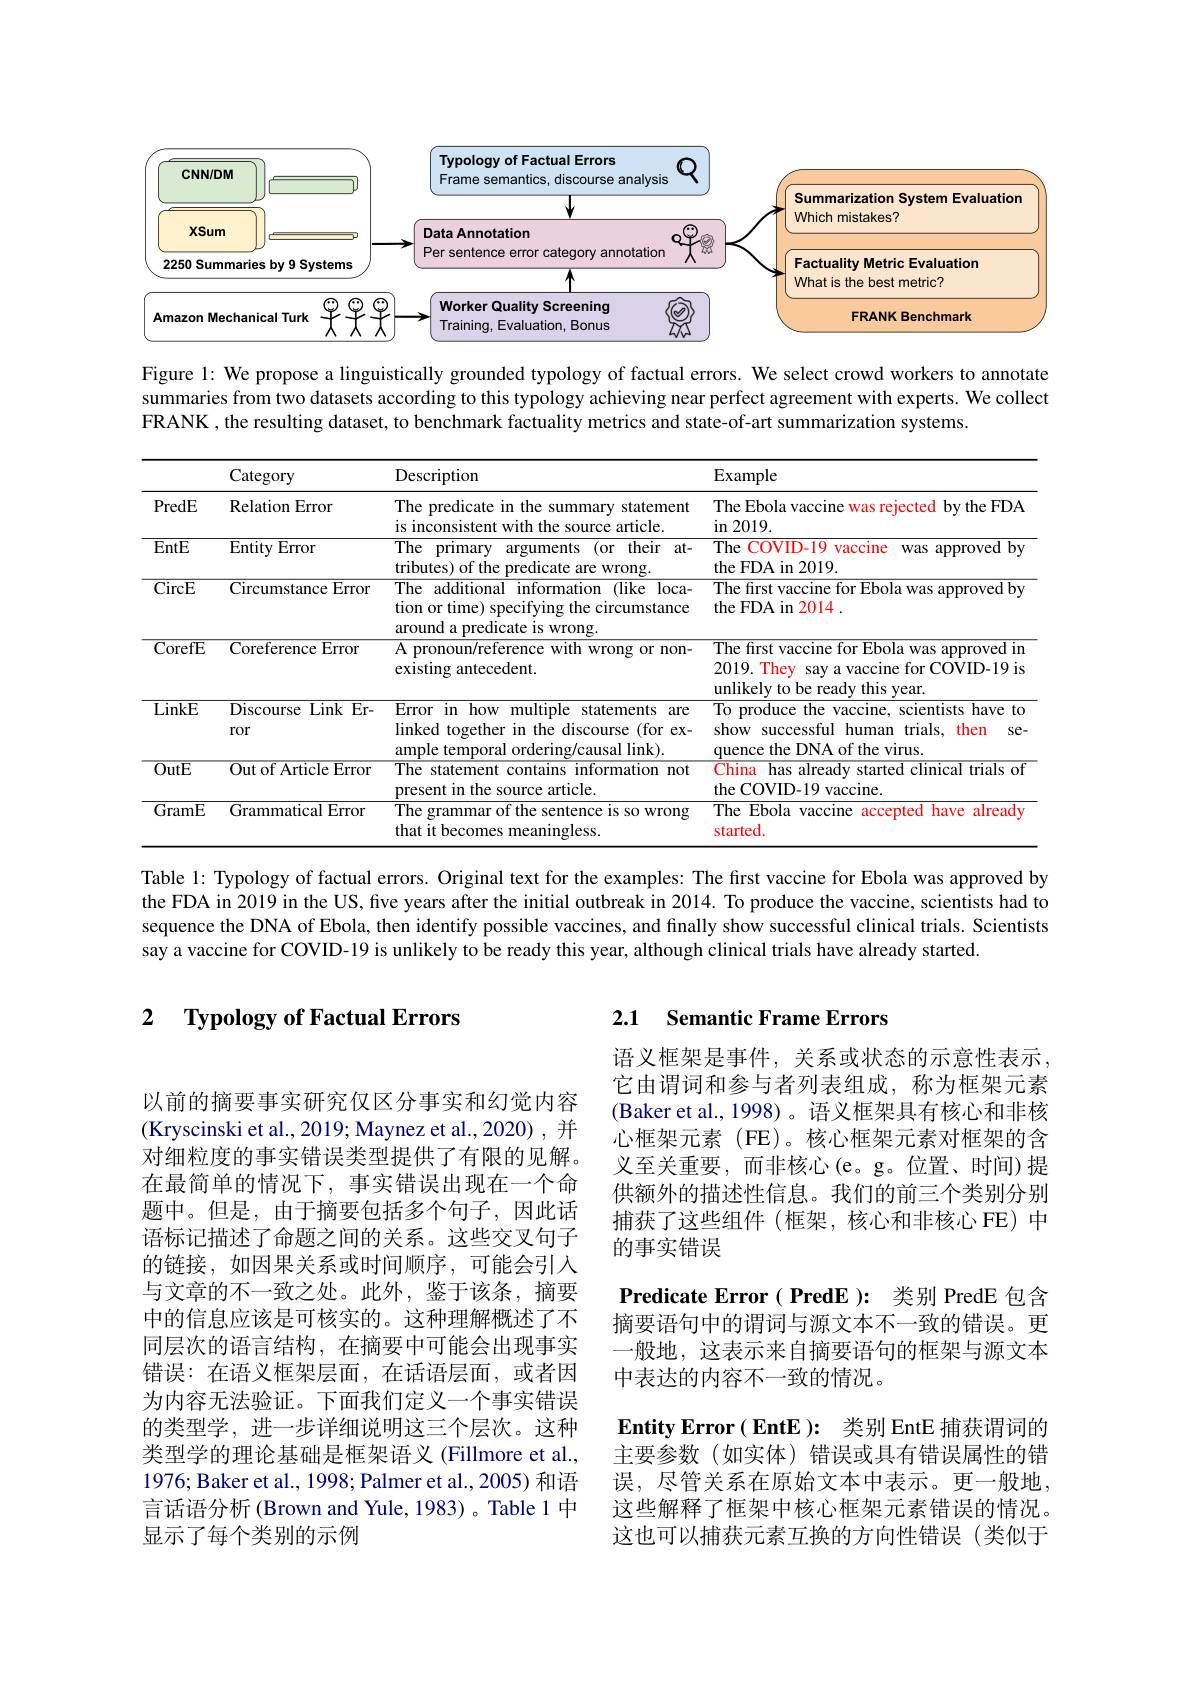
<FigureHere>

Figure 1: We propose a linguistically grounded typology of factual errors. We select crowd workers to annotate summaries from two datasets according to this typology achieving near perfect agreement with experts. We collect FRANK , the resulting dataset, to benchmark factuality metrics and state-of-art summarization systems.

<table>
	<tbody>
		<tr>
			<th> </th>
			<th>Category</th>
			<th>Description</th>
			<th>Example</th>
		</tr>
		<tr>
			<td>PredE</td>
			<td>Relation Error</td>
			<td>The predicate in the summary statement is inconsistent with the source article.</td>
			<td>The Ebola vaccine was rejected $\textbf{d by the FDA}$ $\operatorname{in}2019.$</td>
		</tr>
		<tr>
			<td>EntE</td>
			<td>Entity Error </td>
			<td>The primary arguments (or their $at-$ tributes) of the predicate are wrong.</td>
			<td>The COVID-19 vaccine was approved by the FDA in 2019.</td>
		</tr>
		<tr>
			<td>CircE</td>
			<td>Circumstance Error</td>
			<td>The additional information (like loca- tion or time) specifying the circumstance around a predicate is wrong.</td>
			<td>The first vaccine for Ebola was approved by the FDA in 2014 .</td>
		</tr>
		<tr>
			<td>$\overline{{\mathrm{CorefE}}}$</td>
			<td>Coreference Error</td>
			<td>A pronoun/reference with wrong or non- existing antecedent.</td>
			<td>The first vaccine for Ebola was approved in 2019. They say a vaccine for COVID-19 is unlikely to be ready this year.</td>
		</tr>
		<tr>
			<td>LinkE</td>
			<td>Discourse Link $Er-$ ror</td>
			<td>${\mathrm{Error~in~how~multiple~statements}}$ s are linked together in the discourse (for ex- ample temporal ordering/causal link).</td>
			<td>To produce the vaccine, scientists have to show successful human trials, then quence the DNA of the virus.</td>
		</tr>
		<tr>
			<td>$\overline{OutE}$</td>
			<td>Out of Article Error</td>
			<td>The statement contains information not present in the source article.</td>
			<td>$\overline{\text{China}}$ has already started clinical trials of the COVID-19 vaccine.</td>
		</tr>
		<tr>
			<td>GramE</td>
			<td>Grammatical Error</td>
			<td>The grammar of the sentence is so wrong that it becomes meaningless.</td>
			<td>The Ebola vaccine accepted have already started.</td>
		</tr>
	</tbody>
</table>

Table 1: Typology of factual errors. Original text for the examples: The first vaccine for Ebola was approved by the FDA in 2019 in the US, five years after the initial outbreak in 2014. To produce the vaccine, scientists had to sequence the DNA of Ebola, then identify possible vaccines, and finally show successful clinical trials. Scientists say a vaccine for COVID-19 is unlikely to be ready this year, although clinical trials have already started.

### 2.1 Semantic Frame Errors

## 2 $\textbf{Typology of Factual Errors}$

语义框架是事件，关系或状态的示意性表示， 它由谓词和参与者列表组成，称为框架元素(Baker et al., 1998)。语义框架具有核心和非核心框架元素(FE)。核心框架元素对框架的含义至关重要，而非核心(e。g。位置、时间)提供额外的描述性信息。我们的前三个类别分别捕获了这些组件(框架，核心和非核心 FE) 中的事实错误
Predicate Error( PredE ): 类别 PredE 包含摘要语句中的谓词与源文本不一致的错误。更一般地，这表示来自摘要语句的框架与源文本中表达的内容不一致的情况。
Entity Error( EntE ): 类别 EntE 捕获谓词的主要参数(如实体)错误或具有错误属性的错误，尽管关系在原始文本中表示。更一般地， 这些解释了框架中核心框架元素错误的情况。这也可以捕获元素互换的方向性错误(类似于

以前的摘要事实研究仅区分事实和幻觉内容(Kryscinski et al., 2019; Maynez et al., 2020) , 并对细粒度的事实错误类型提供了有限的见解。在最简单的情况下，事实错误出现在一个命题中。但是，由于摘要包括多个句子，因此话语标记描述了命题之间的关系。这些交叉句子的链接，如因果关系或时间顺序，可能会引入与文章的不一致之处。此外，鉴于该条，摘要中的信息应该是可核实的。这种理解概述了不同层次的语言结构，在摘要中可能会出现事实错误：在语义框架层面，在话语层面，或者因为内容无法验证。下面我们定义一个事实错误的类型学，进一步详细说明这三个层次。这种类型学的理论基础是框架语义 (Fillmore et al., 1976; Baker et al., 1998; Palmer et al., 2005) 和语言话语分析 (Brown and Yule, 1983) 。Table 1 中显示了每个类别的示例